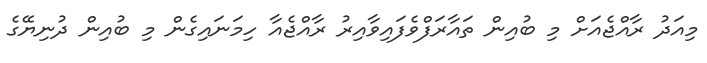
މިއަދު ރާއްޖެއަށް މި ބުއިން ތައާރަފްވެފައިވާއިރު ރާއްޖެއާ ހިމަނައިގެން މި ބުއިން ދުނިޔޭގެ